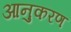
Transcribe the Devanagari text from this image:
आनुकरण